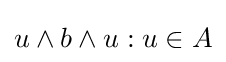
u\wedge b\wedge u:u\in A